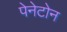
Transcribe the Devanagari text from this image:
पेनेटोन